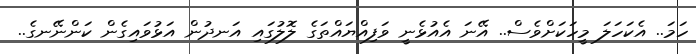
ހަމަ.. އެކަހަލަ މީހަކަށްވެސް.. އޭނަ އެއުޅެނީ ވަފިއްޔައްތަގެ ލޮލުގައި އަނދުން އަޅުވައިގެން ކަންނޭނގެ..